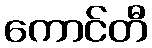
ကောင်တီ